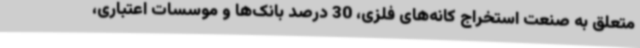
متعلق به صنعت استخراج کانه‌های فلزی، 30 درصد بانک‌ها و موسسات اعتباری،